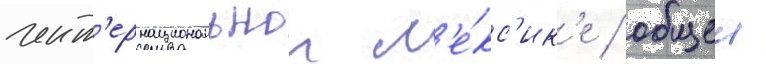
инт'ернациональнои л'е́кс'ик'е / общеи